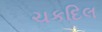
ચકદિલ